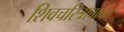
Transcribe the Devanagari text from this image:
शिवचरित्राबाबत